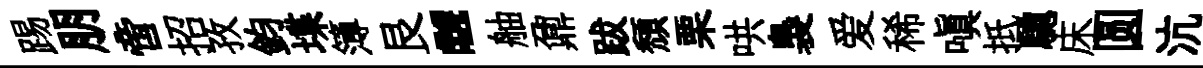
踢朋啻招孜鈞堞簿艮“舳鼐跋頽栗哄裊爱稀嗔抵驄床圆沆